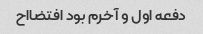
دفعه اول و آخرم بود افتضااح